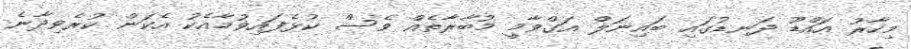
މިހާރު އައްޑޫ ދަނޑުގައި ބައިނަލް އަގްވާމީ މުބާރާތެއް ވެސް ކުޅެފައިވުމާއެކު އެކަން ކުރެވިދާނެ